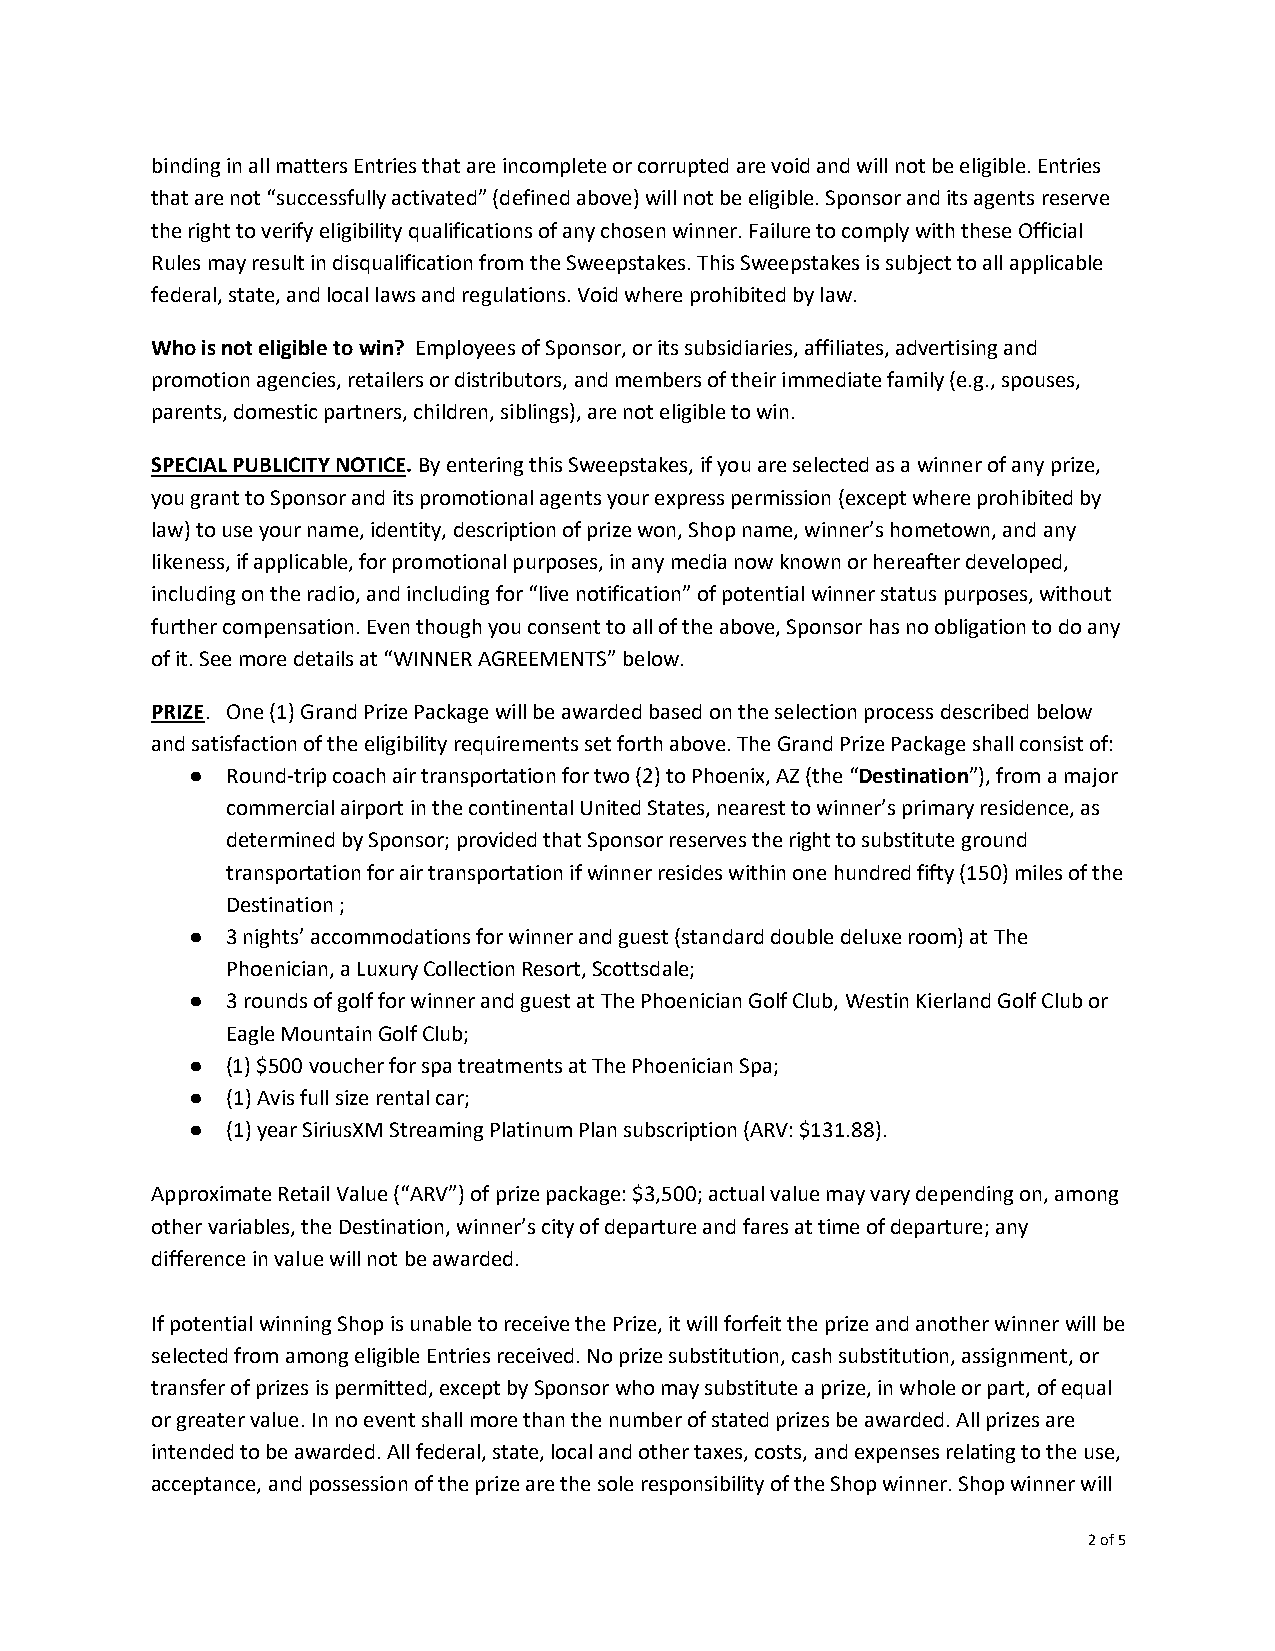
binding in all matters Entries that are incomplete or corrupted are void and will not be eligible. Entries
 that are not “successfully activated” (defined above) will not be eligible. Sponsor and its agents reserve
 the right to verify eligibility qualifications of any chosen winner. Failure to comply with these Official
 Rules may result in disqualification from the Sweepstakes. This Sweepstakes is subject to all applicable
 federal, state, and local laws and regulations. Void where prohibited by law.
 Who is not eligible to win? Employees of Sponsor, or its subsidiaries, affiliates, advertising and
 promotion agencies, retailers or distributors, and members of their immediate family (e.g., spouses,
 parents, domestic partners, children, siblings), are not eligible to win.
 SPECIAL PUBLICITY NOTICE. By entering this Sweepstakes, if you are selected as a winner of any prize,
 you grant to Sponsor and its promotional agents your express permission (except where prohibited by
 law) to use your name, identity, description of prize won, Shop name, winner’s hometown, and any
 likeness, if applicable, for promotional purposes, in any media now known or hereafter developed,
 including on the radio, and including for “live notification” of potential winner status purposes, without
 further compensation. Even though you consent to all of the above, Sponsor has no obligation to do any
 of it. See more details at “WINNER AGREEMENTS” below.
 PRIZE. One (1) Grand Prize Package will be awarded based on the selection process described below
 and satisfaction of the eligibility requirements set forth above. The Grand Prize Package shall consist of:
 ●  Round-trip coach air transportation for two (2) to Phoenix, AZ (the “Destination”), from a major
 commercial airport in the continental United States, nearest to winner’s primary residence, as
 determined by Sponsor; provided that Sponsor reserves the right to substitute ground
 transportation for air transportation if winner resides within one hundred fifty (150) miles of the
 Destination ;
 ●  3 nights’ accommodations for winner and guest (standard double deluxe room) at The
 Phoenician, a Luxury Collection Resort, Scottsdale;
 ●  3 rounds of golf for winner and guest at The Phoenician Golf Club, Westin Kierland Golf Club or
 Eagle Mountain Golf Club;
 ●  (1) $500 voucher for spa treatments at The Phoenician Spa;
 ●  (1) Avis full size rental car;
 ●  (1) year SiriusXM Streaming Platinum Plan subscription (ARV: $131.88).
 Approximate Retail Value (“ARV”) of prize package: $3,500; actual value may vary depending on, among
 other variables, the Destination, winner’s city of departure and fares at time of departure; any
 difference in value will not be awarded.
 If potential winning Shop is unable to receive the Prize, it will forfeit the prize and another winner will be
 selected from among eligible Entries received. No prize substitution, cash substitution, assignment, or
 transfer of prizes is permitted, except by Sponsor who may substitute a prize, in whole or part, of equal
 or greater value. In no event shall more than the number of stated prizes be awarded. All prizes are
 intended to be awarded. All federal, state, local and other taxes, costs, and expenses relating to the use,
 acceptance, and possession of the prize are the sole responsibility of the Shop winner. Shop winner will
 2 of 5